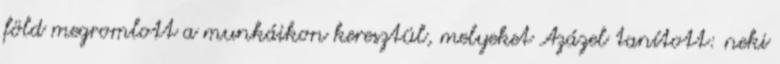
föld megromlott a munkáikon keresztül, melyeket Azázel tanított: neki